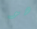
هو